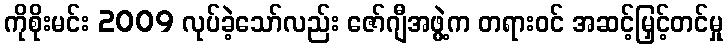
ကိုစိုးမင်း 2009 လုပ်ခဲ့သော်လည်း ဇော်ဂျီအဖွဲ့က တရားဝင် အဆင့်မြှင့်တင်မှု